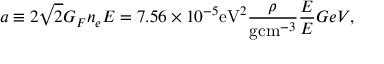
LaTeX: a \equiv 2 \sqrt { 2 } G _ { F } n _ { e } E = 7 . 5 6 \times 1 0 ^ { - 5 } \mathrm { e V } ^ { 2 } \frac { \rho } { \mathrm { g c m } ^ { - 3 } } \frac { E } { E } { G e V } ,